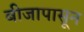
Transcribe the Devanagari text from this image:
बीजापासून